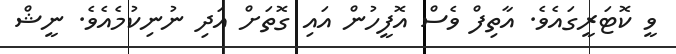
ވީ ކޮޓަރީގައެވެ. އާތިފް ވެސް އޮފީހުން އައި ގޮތަށް އަދި ނުނިކުމެއެވެ. ނީޝް